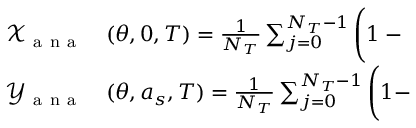
\begin{array} { r l } { \mathcal { X } _ { \mathrm { ~ a ~ n ~ a ~ } } } & { { } ( \theta , 0 , T ) = \frac { 1 } { N _ { T } } \sum _ { j = 0 } ^ { N _ { T } - 1 } \left( 1 - \Biggl . \right. } \\ { \mathcal { Y } _ { \mathrm { ~ a ~ n ~ a ~ } } } & { { } ( \theta , a _ { s } , T ) = \frac { 1 } { N _ { T } } \sum _ { j = 0 } ^ { N _ { T } - 1 } \left( 1 - \Biggr . \right. } \end{array}